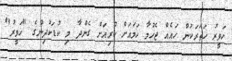
ހަވީރު ހަތަރަކުން ހައެއް ޖެހުމާ ހަމައަށް ކުރިއަށް ގެންދާ މި ކުޑަކުދިންގެ "ހަވީރު"